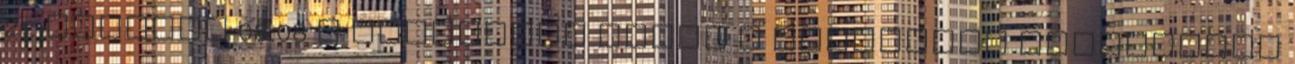
21. Tuesday 08:08 A legénység élete a monarchia hadihajóin